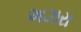
અઝરા